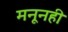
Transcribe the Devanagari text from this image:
मनूनही